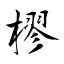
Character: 樛